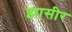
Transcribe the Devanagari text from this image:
झासीर